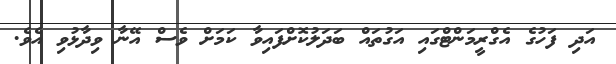
އަދި ފަހުގެ އެގްރީމަންޓްގައި އަގުތައް ބަދަލުކޮށްފައިވާ ކަމަށް ވެސް އޭނާ ވިދާޅުވި އެވެ.